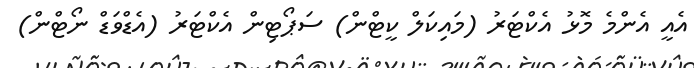
އެއީ އެންމެ މޮޅު އެކްޓަރު (މައިކަލް ކީޓްން) ސަޕޯޓިން އެކްޓަރު (އެޑްވަޑް ނޯޓްން)